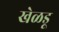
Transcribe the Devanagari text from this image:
खेळडू